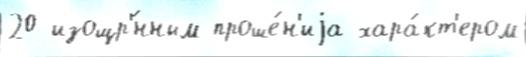
20 изощр'́нным проше́н'иjа хара́кт'ером